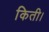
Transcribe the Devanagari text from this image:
किती।